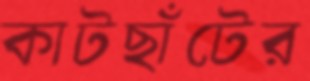
কাটছাঁটের